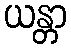
ယန္တာ